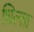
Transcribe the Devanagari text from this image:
धिल्ता